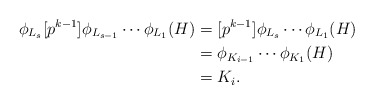
\begin{align*}\phi_{L_s}[p^{k-1}]\phi_{L_{s-1}}\cdots \phi_{L_1}(H) & = [p^{k-1}]\phi_{L_s} \cdots \phi_{L_{1}}(H) \\& = \phi_{K_{i-1}} \cdots \phi_{K_1}(H) \\& = K_i.\end{align*}